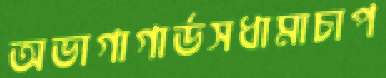
অভাগাগার্ডসধামাচাপ